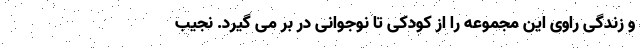
و زندگی راوی این مجموعه را از کودکی تا نوجوانی در بر می گیرد. نجیب